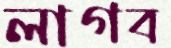
লাগব